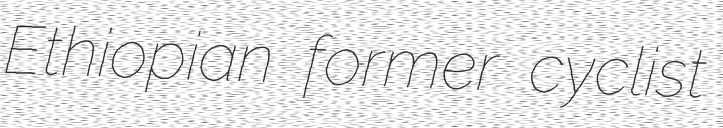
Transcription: Ethiopian former cyclist